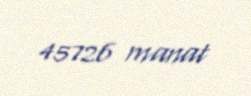
45726 manat